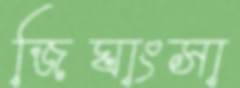
জিঘাংসা